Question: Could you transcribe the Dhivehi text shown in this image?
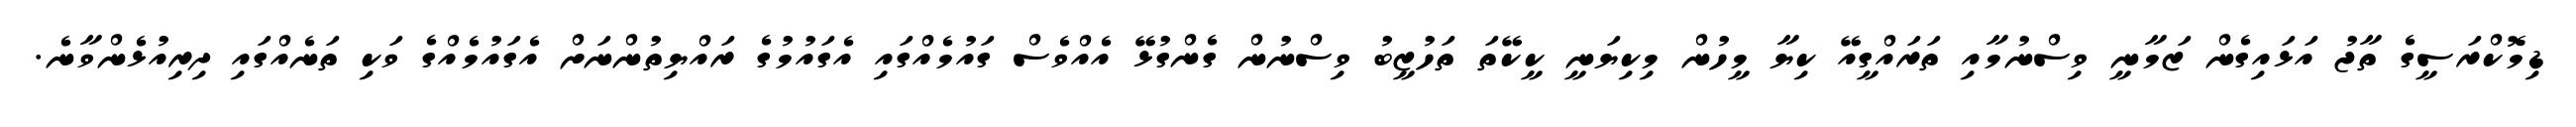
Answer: ޑިމޮކްރަސީގެ ތާޖު އަޅައިގެން ޒަމާނީ ވިސްނުމާއި ތަރައްގީއޭ ކިޔާ މީހުން މިކިޔަނީ ކީކޭތަ ތަހުޒީބު ވިސްނުން ގެންގުޅޭ އެއްވެސް ގައުމެއްގައި އެގައުމުގެ ރައްޔިތުންނަށް އެގައުމެއްގެ ވަކި ތަނެއްގައި ދިރިއުޅެންވާނެ.